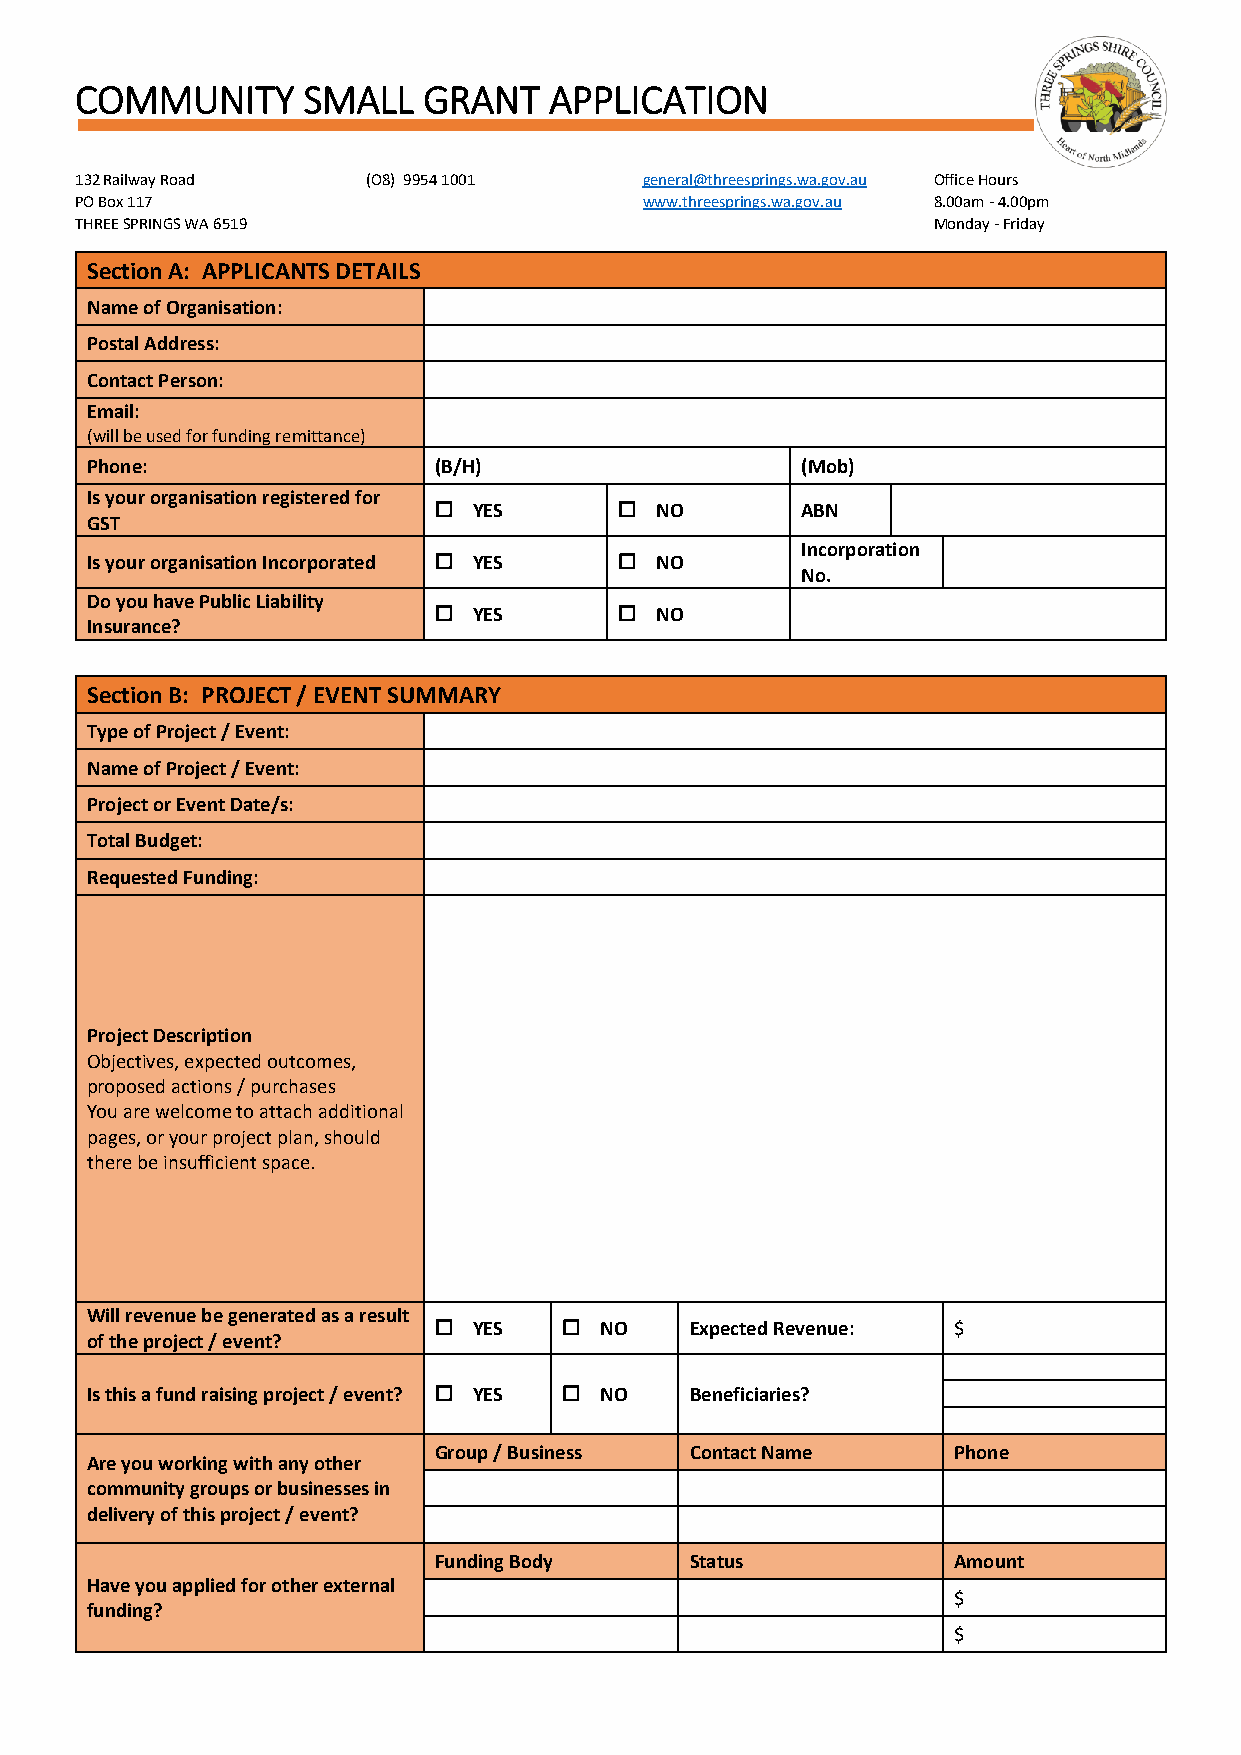
COMMUNITY      SMALL   GRANT   APPLICATION
 132 Railway Road   (O8) 9954 1001     general@threesprings.wa.gov.au Office Hours
 PO Box 117                            www.threesprings.wa.gov.au 8.00am - 4.00pm
 THREE SPRINGS WA 6519                                    Monday - Friday
 Section A: APPLICANTS DETAILS
 Name of Organisation:
 Postal Address:
 Contact Person:
 Email:
 (will be used for funding remittance)
 Phone:                 (B/H)                   (Mob)
 Is your organisation registered for
  YES        NO        ABN
 GST
 Incorporation
 Is your organisation Incorporated  YES  NO
 No.
 Do you have Public Liability
  YES        NO
 Insurance?
 Section B: PROJECT / EVENT SUMMARY
 Type of Project / Event:
 Name of Project / Event:
 Project or Event Date/s:
 Total Budget:
 Requested Funding:
 Project Description
 Objectives, expected outcomes,
 proposed actions / purchases
 You are welcome to attach additional
 pages, or your project plan, should
 there be insufficient space.
 Will revenue be generated as a result
  YES     NO    Expected Revenue: $
 of the project / event?
 Is this a fund raising project / event?  YES  NO Beneficiaries?
 Group / Business Contact Name     Phone
 Are you working with any other
 community groups or businesses in
 delivery of this project / event?
 Funding Body     Status           Amount
 Have you applied for other external
 $
 funding?
 $